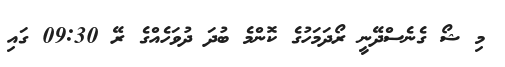
މި ޝޯ ގެނެސްދޭނީ ރޯދަމަހުގެ ކޮންމެ ބުދަ ދުވަހެއްގެ ރޭ 09:30 ގައި